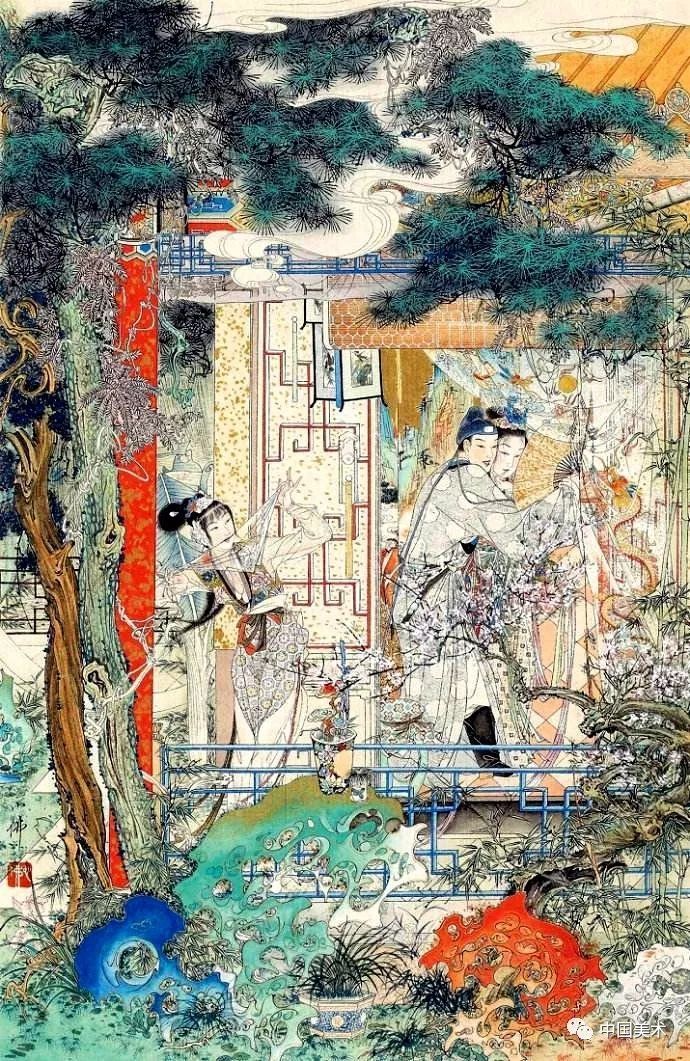
行路难，不在水，不在山，只在人情反覆间。